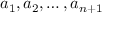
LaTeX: a _ { 1 } , a _ { 2 } , \ldots , a _ { n + 1 }